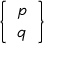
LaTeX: \left\{ \begin{array} { l } { p } \\ { q } \end{array} \right\}